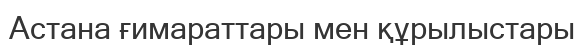
Астана ғимараттары мен құрылыстары